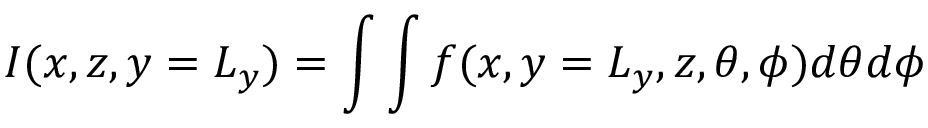
I ( x , z , y = L _ { y } ) = \int \int f ( x , y = L _ { y } , z , \theta , \phi ) d \theta d \phi